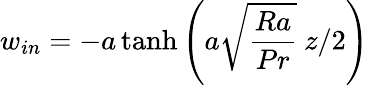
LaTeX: w_{in}=-a\operatorname{tanh}{\left(a\sqrt{\frac{Ra}{Pr}}\ z/2\right)}